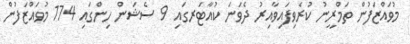
މުވައްޒަފުން ތަމްރީނު ކުރެވިފައިވާއިރު ދެވަނަ ކުއާޓަރގައި 9 ސެޝަން ހިންގައި 174 މުވައްޒަފުން